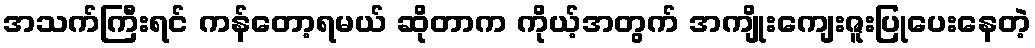
အသက်ကြီးရင် ကန်တော့ရမယ် ဆိုတာက ကိုယ့်အတွက် အကျိုးကျေးဇူးပြုပေးနေတဲ့